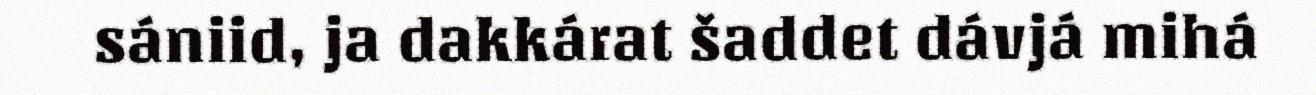
sániid, ja dakkárat šaddet dávjá mihá